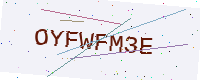
Text: OYFWFM3E